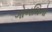
ગોબલિનો